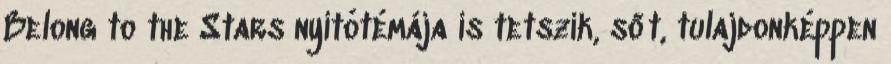
Belong to the Stars nyitótémája is tetszik, sőt, tulajdonképpen